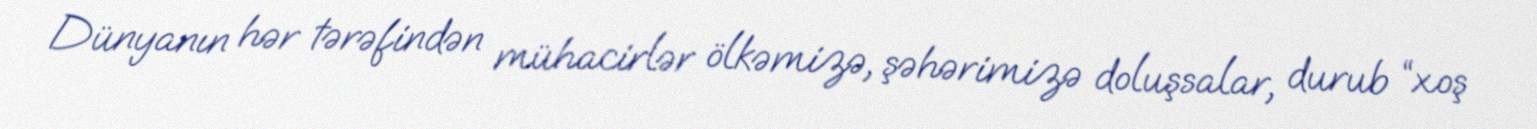
Dünyanın hər tərəfindən mühacirlər ölkəmizə, şəhərimizə doluşsalar, durub “xoş